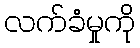
လက်ခံမှုကို